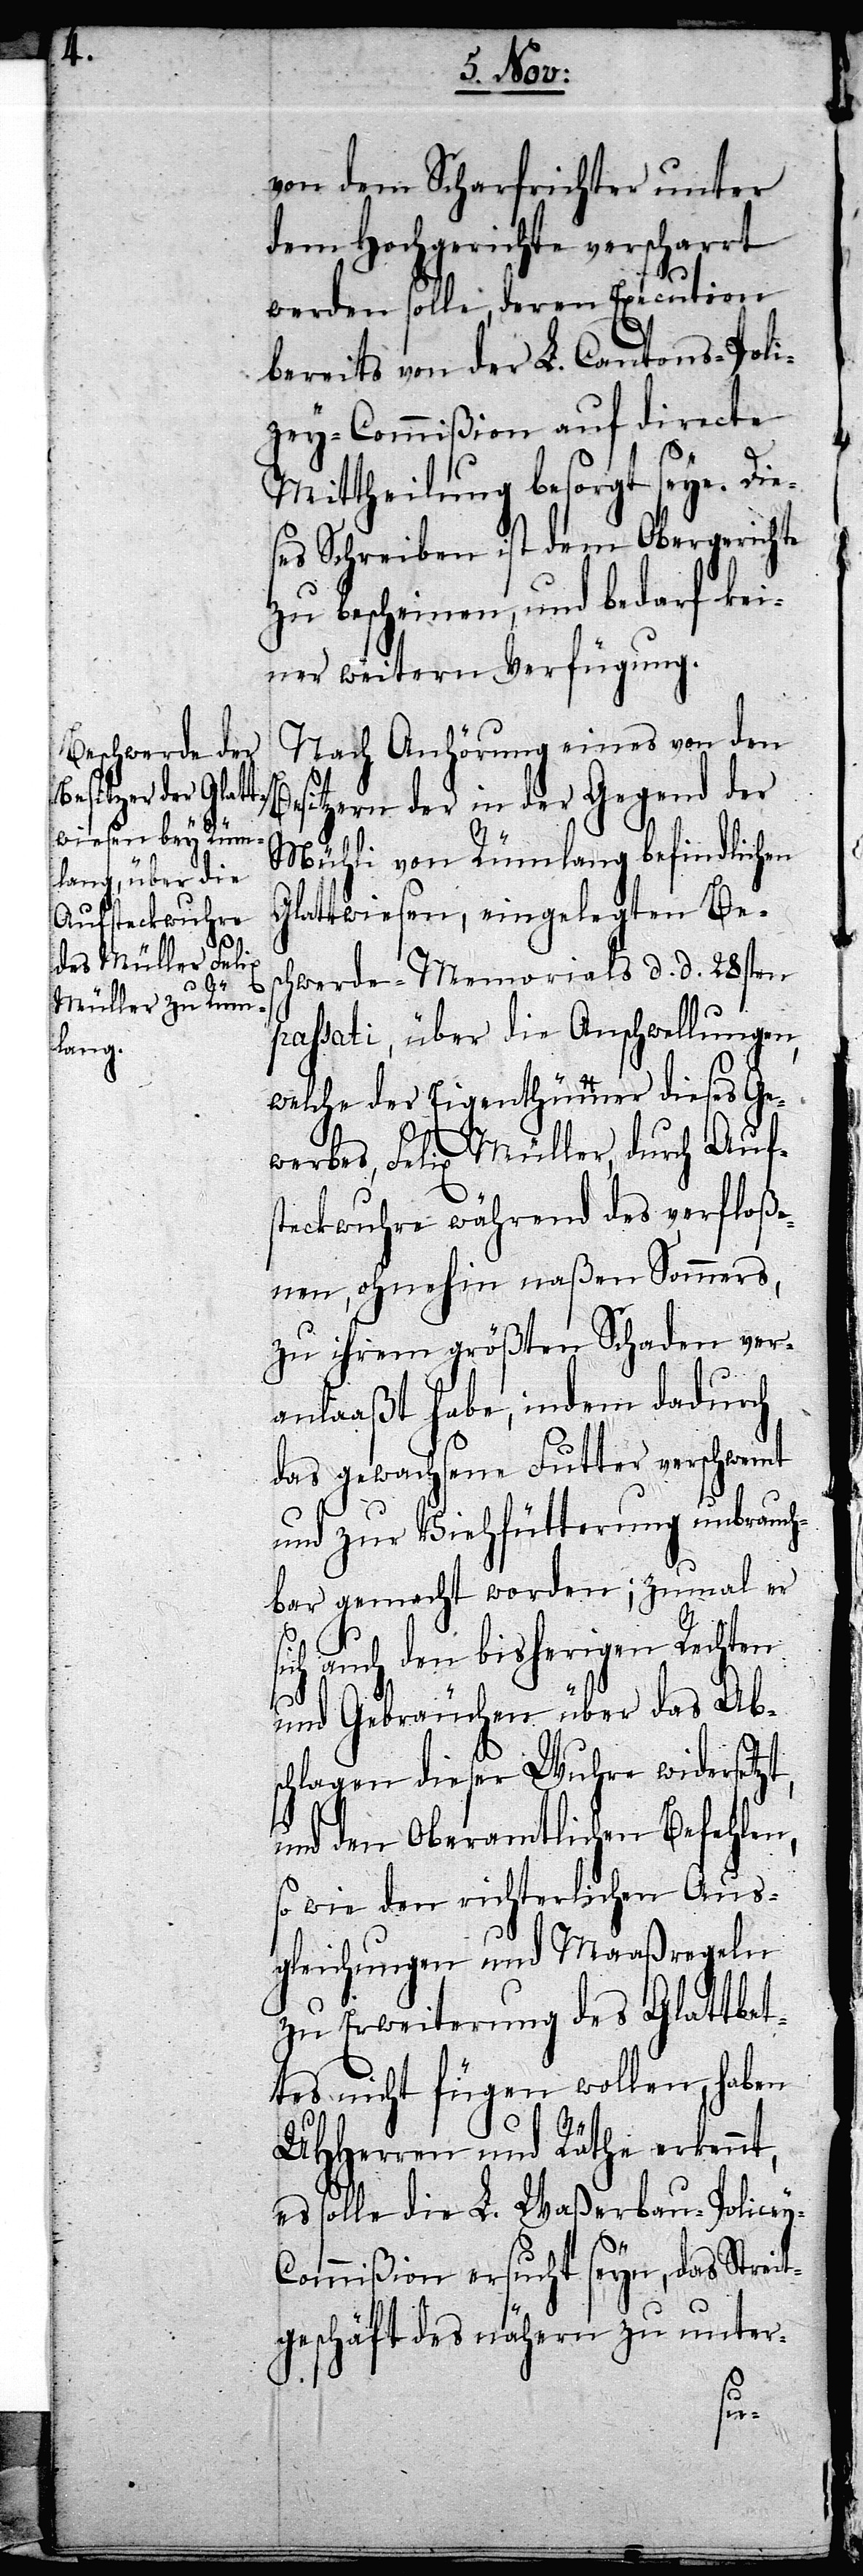
von dem Scharfrichter unter
dem Hochgerichte verscharrt
werden solle, deren Execution
bereits von der L. Cantons-Poli¬
zey-Commißion auf directe
Mittheilung besorgt seye. Die¬
ses Schreiben ist dem Obergerichte
zu bescheinen, und bedarf kei¬
ner weitern Verfügung.
Nach Anhörung eines von den
sitzern der in der Gegend der
Mühli von Rümlang befindlichen
Glattwiesen, eingelegten Bes¬
chwerde-Memorials d. d. 28sten
passati, über die Anschwellungen,
welche der Eigenthümer dieses Ge¬
werbes, Felix Müller, durch Auf¬
steckwuhre während des verfloße¬
nen, ohnehin naßen Sommers,
zu ihrem größten Schaden ver¬
y-C¬
anlaaßt habe, indem dadurch
das gewachsene Futter verschwemt
und zur Viehfütterung unbrauch¬
bar gemacht worden; zumal er
ich auch den bisherigen Rechten
und Gebräuchen über das Abs¬
chlagen dieser Wuhre widersetzt,
und den Oberamtlichen Befehlen,
so wie den richterlichen Aus¬
gleichungen und Maaßregeln
zu Erweiterung des Glattbet¬
tes nicht fügen wollen, haben
UHHerren und Räthe erkennt,
es solle die L. Waßerbau-Police¬
ommißion ersucht seyn, das Streit¬
geschäft des nähern zu unter-
Be¬